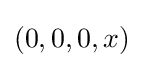
(0,0,0,x)